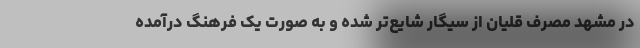
در مشهد مصرف قلیان از سیگار شایع‌تر شده و به صورت یک فرهنگ درآمده